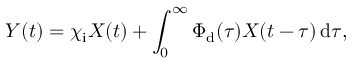
Y ( t ) = \chi _ { \mathrm { i } } X ( t ) + \int _ { 0 } ^ { \infty } \Phi _ { \mathrm { d } } ( \tau ) X ( t - \tau ) \, \mathrm { d } \tau ,